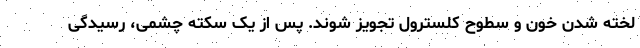
لخته شدن خون و سطوح کلسترول تجویز شوند. پس از یک سکته چشمی، رسیدگی